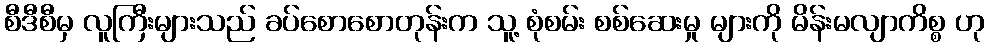
စီဒီစီမှ လူကြီးများသည် ခပ်စောစောတုန်းက သူ့ စုံစမ်း စစ်ဆေးမှု များကို မိန်းမလျာကိစ္စ ဟု